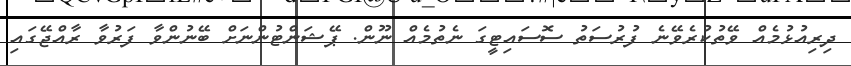
ދިރިއުޅުމެއް ވޭތުކުރެވޭނެ ފުރުސަތު ސޮސައިޓީގަ ނެތުމެއް ނޫން. ޕޭޝަންޓުންނަށް ބޭނުންވާ ފަރުވާ ރާއްޖޭގައި